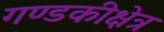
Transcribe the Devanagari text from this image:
गण्डकीक्षेत्र